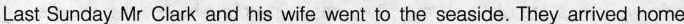
Last Sunday Mr Clark and his wife went to the seaside. They arrived home